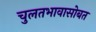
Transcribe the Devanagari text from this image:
चुलतभावासोबत